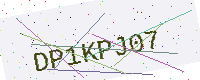
Text: DP1KPJ07